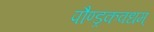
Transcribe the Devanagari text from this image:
पौण्ड्रकवधम्